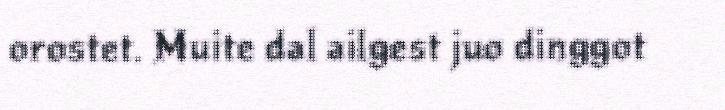
orostet. Muite dal ailgest juo dinggot